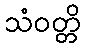
သံဝတ္တိ